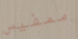
ممفيس